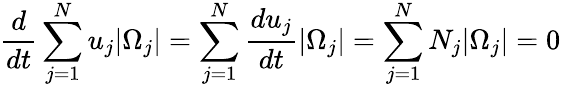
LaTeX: \frac{d}{dt}\sum_{j=1}^{N}u_{j}|\Omega_{j}|=\sum_{j=1}^{N}\frac{du_{j}}{dt}|\Omega_{j}|=\sum_{j=1}^{N}N_{j}|\Omega_{j}|=0